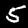
Label: 5